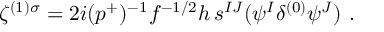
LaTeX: \zeta ^ { ( 1 ) \sigma } = 2 i ( p ^ { + } ) ^ { - 1 } f ^ { - 1 / 2 } h \, s ^ { I J } ( \psi ^ { I } \delta ^ { ( 0 ) } \psi ^ { J } ) ~ .